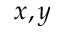
x , y